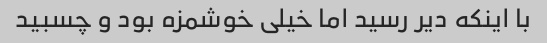
با اینکه دیر رسید اما خیلی خوشمزه بود و چسبید